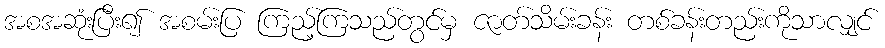
အစအဆုံးပြီး၍ အစမ်းပြ ကြည့်ကြသည်တွင်မှ ဇာတ်သိမ်းခန်း တစ်ခန်းတည်းကိုသာလျှင်